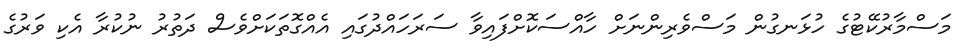
މަސްމާރުކޭޓުގެ ހުޅަނގުން މަސްވެރިންނަށް ހާއްސަކޮށްފައިވާ ސަރަހައްދުގައި އެއްގޮތަކަށްވެސް ދަތުރު ނުކުރާ އެކި ވަރުގެ